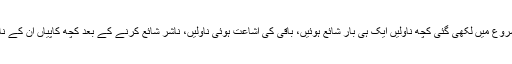
شروع شروع میں لکھی گئی کچھ ناولیں ایک ہی بار شائع ہوئیں، باقی کی اشاعت ہوئی ناولیں، ناشر شائع کرنے کے بعد کچھ کاپیاں ان کے نام آجاتیں۔